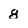
Character: 8